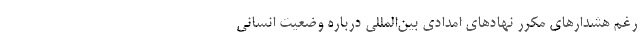
رغم هشدارهای مکرر نهادهای امدادی ‌بین‌المللی درباره وضعیت انسانی